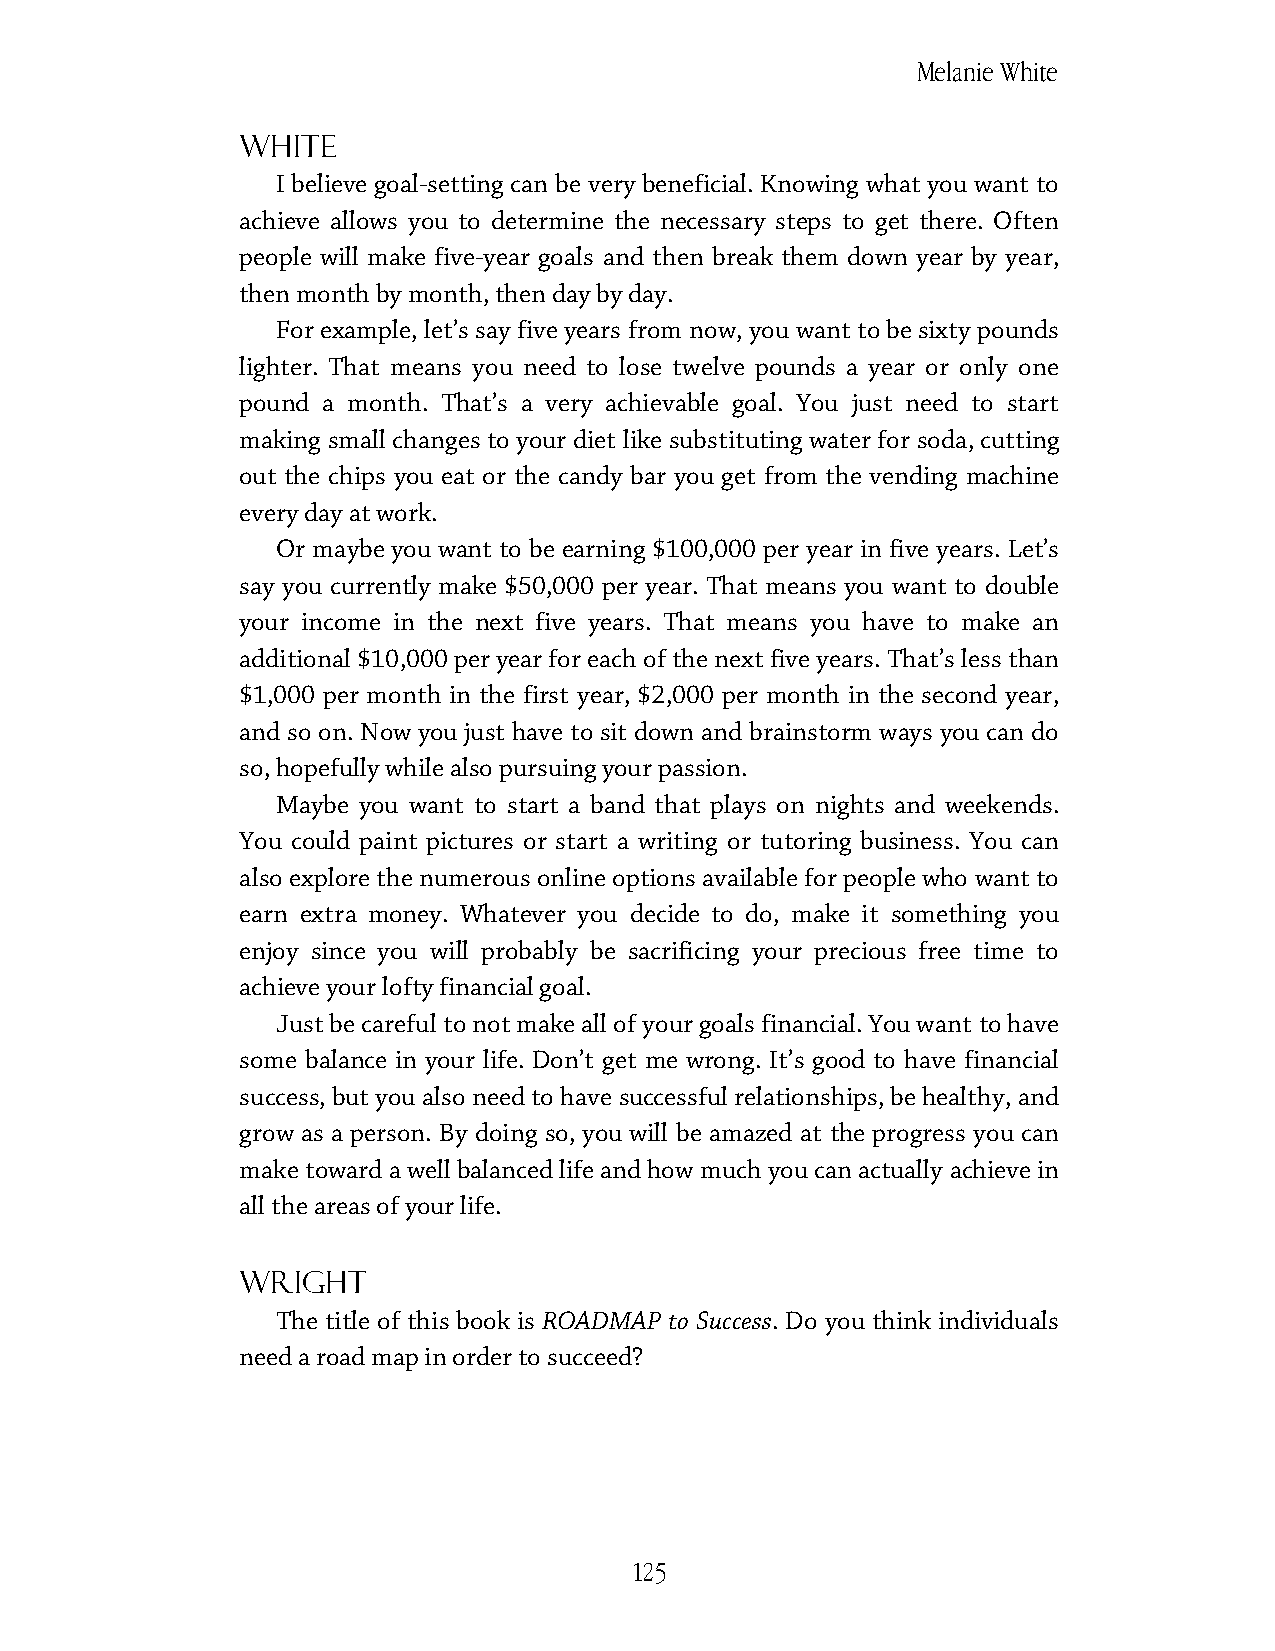
Melanie White
 white
 I believe goal-setting can be very beneficial. Knowing what you want to
 achieve allows you to determine the necessary steps to get there. Often
 people will make five-year goals and then break them down year by year,
 then month by month, then day by day.
 For example, let’s say five years from now, you want to be sixty pounds
 lighter. That means you need to lose twelve pounds a year or only one
 pound a month. That’s a very achievable goal. You just need to start
 making small changes to your diet like substituting water for soda, cutting
 out the chips you eat or the candy bar you get from the vending machine
 every day at work.
 Or maybe you want to be earning $100,000 per year in five years. Let’s
 say you currently make $50,000 per year. That means you want to double
 your income in the next five years. That means you have to make an
 additional $10,000 per year for each of the next five years. That’s less than
 $1,000 per month in the first year, $2,000 per month in the second year,
 and so on. Now you just have to sit down and brainstorm ways you can do
 so, hopefully while also pursuing your passion.
 Maybe you want to start a band that plays on nights and weekends.
 You could paint pictures or start a writing or tutoring business. You can
 also explore the numerous online options available for people who want to
 earn extra money. Whatever you decide to do, make it something you
 enjoy since you will probably be sacrificing your precious free time to
 achieve your lofty financial goal.
 Just be careful to not make all of your goals financial. You want to have
 some balance in your life. Don’t get me wrong. It’s good to have financial
 success, but you also need to have successful relationships, be healthy, and
 grow as a person. By doing so, you will be amazed at the progress you can
 make toward a well balanced life and how much you can actually achieve in
 all the areas of your life.
 Wright
 The title of this book is ROADMAP to Success. Do you think individuals
 need a road map in order to succeed?
 125